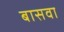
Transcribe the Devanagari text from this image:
बासवा